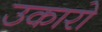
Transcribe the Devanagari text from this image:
उकारो